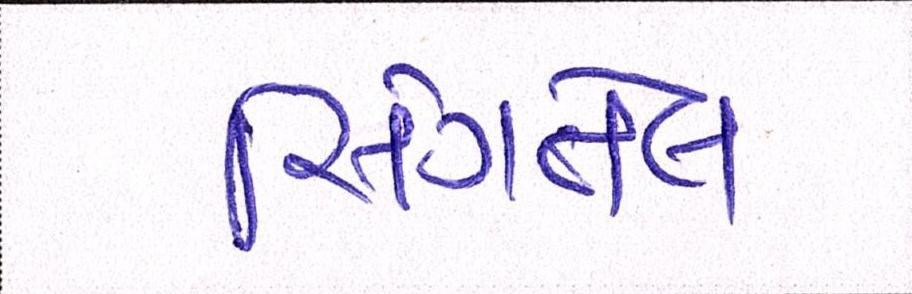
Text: સિંગતેલ